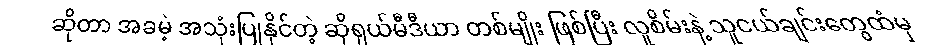
ဆိုတာ အခမဲ့ အသုံးပြုနိုင်တဲ့ ဆိုရှယ်မီဒီယာ တစ်မျိုး ဖြစ်ပြီး လူစိမ်းနဲ့ သူငယ်ချင်းတွေထံမှ